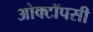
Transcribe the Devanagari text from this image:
ओक्टॉपसी